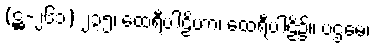
(ဋ္ဌ-၂၆၁) ၂၃၅၊ ထေရီပါဠိဟာ၊ ထေရီပါဠိ၌။ ပဌမေ၊